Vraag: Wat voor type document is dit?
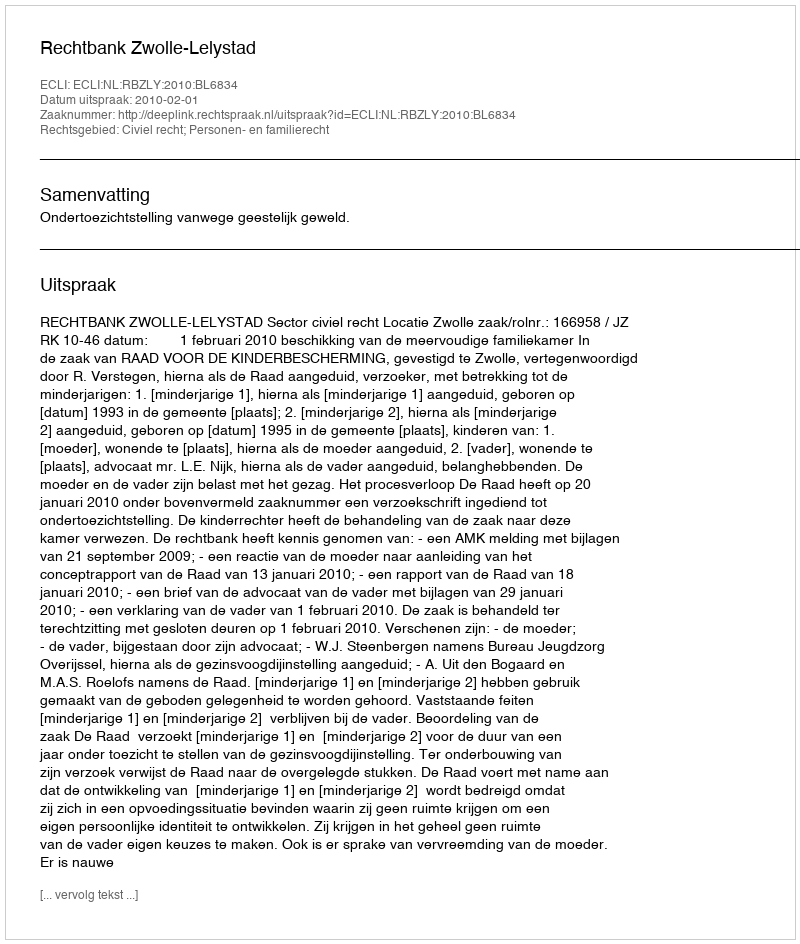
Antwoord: Uitspraak